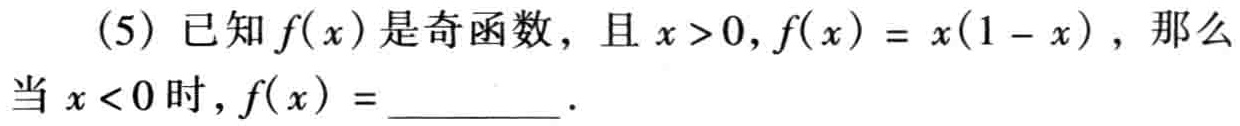
(5) 已知\(f(x)\)是奇函数，且\(x > 0\)，\(f(x)=x(1 - x)\)，那么当\(x < 0\)时，\(f(x)=\)  ．